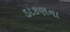
ડાકણના